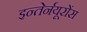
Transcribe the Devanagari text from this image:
इन्तेर्नयूरोंस